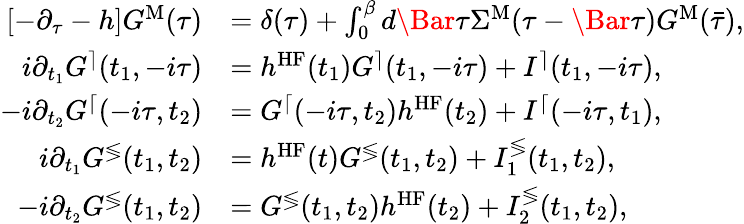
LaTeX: \begin{array}{rl}{[-\partial_{\tau}-h]G^{\mathrm{M}}(\tau)}&{=\delta(\tau)+\int_{0}^{\beta}d\Bar{\tau}\Sigma^{\mathrm{M}}(\tau-\Bar{\tau})G^{\mathrm{M}}(\bar{\tau}),}\\ {i\partial_{t_{1}}G^{\rceil}(t_{1},-i\tau)}&{=h^{\textrm{HF}}(t_{1})G^{\rceil}(t_{1},-i\tau)+I^{\rceil}(t_{1},-i\tau),}\\ {-i\partial_{t_{2}}G^{\lceil}(-i\tau,t_{2})}&{=G^{\lceil}(-i\tau,t_{2})h^{\textrm{HF}}(t_{2})+I^{\lceil}(-i\tau,t_{1}),}\\ {i\partial_{t_{1}}G^{\lessgtr}(t_{1},t_{2})}&{=h^{\textrm{HF}}(t)G^{\lessgtr}(t_{1},t_{2})+I_{1}^{\lessgtr}(t_{1},t_{2}),}\\ {-i\partial_{t_{2}}G^{\lessgtr}(t_{1},t_{2})}&{=G^{\lessgtr}(t_{1},t_{2})h^{\textrm{HF}}(t_{2})+I_{2}^{\lessgtr}(t_{1},t_{2}),}\end{array}